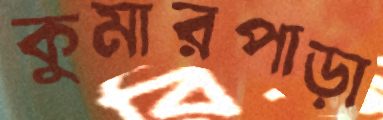
কুমারপাড়া